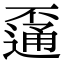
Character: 𨖕